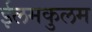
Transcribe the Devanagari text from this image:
ईलमकुलम